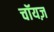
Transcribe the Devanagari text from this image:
चॉयज़